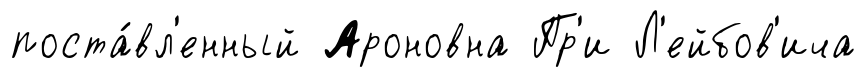
поста́вл'енный Ароновна Пр'и Л'ейбов'ича